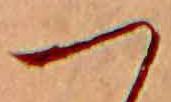
つ